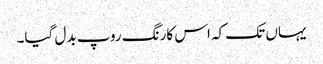
یہاں تک کہ اس کارنگ روپ بدل گیا۔